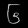
Digit: ၆